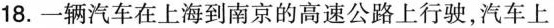
18.一辆汽车在上海到南京的高速公路上行驶，汽车上